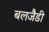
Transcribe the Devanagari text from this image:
बलजैडी